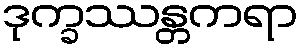
ဒုက္ခဿန္တကရာ